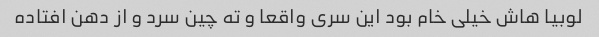
لوبیا هاش خیلی خام بود این سری واقعا و ته چین سرد و از دهن افتاده